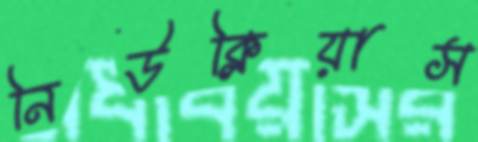
নিউক্লিয়াস